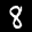
Digit: 8